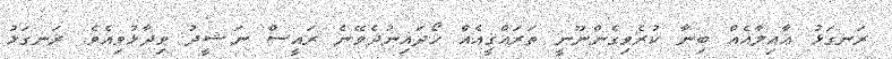
ރަނގަޅު ޢާއިލާއެއް ބިނާ ކުރެވިގެންނޫނީ ތަރައްޤީއެއް ހޯދައިނުދެވޭނެ ރައީސް ނަޝީދު ވިދާޅުވިއެވެ. ރަނގަޅު